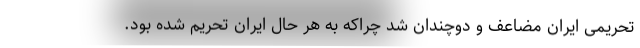
تحریمی ایران مضاعف و دوچندان شد چراکه به هر حال ایران تحریم شده بود.